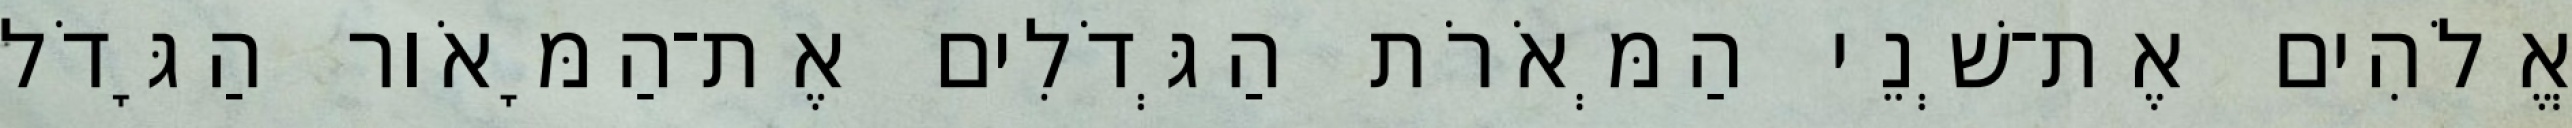
אֱלֹהִים אֶת־שְׁנֵי הַמְּאֹרֹת הַגְּדֹלִים אֶת־הַמָּאֹור הַגָּדֹל